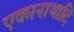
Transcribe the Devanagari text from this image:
एकानाथादि